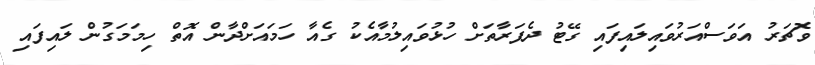
ވޮޗަރު އަވަސްއަރުވައިލައިފައި ގޭޓު ދެފަރާތަށް ހުޅުވައިލުމާއެކު ގެއާ ހަމައަށްދާން އޮތް ހިމަމަގުން ލައިފައި